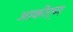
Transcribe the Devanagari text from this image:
आकीर्ण